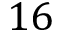
1 6